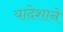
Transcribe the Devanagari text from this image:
यादेशाने